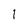
Character: l